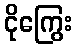
ငိုကြွေး